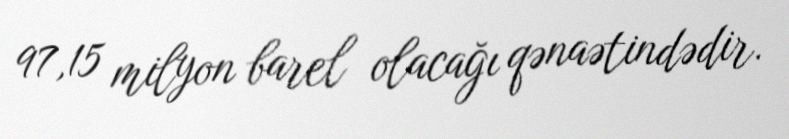
97,15 milyon barel olacağı qənaətindədir.